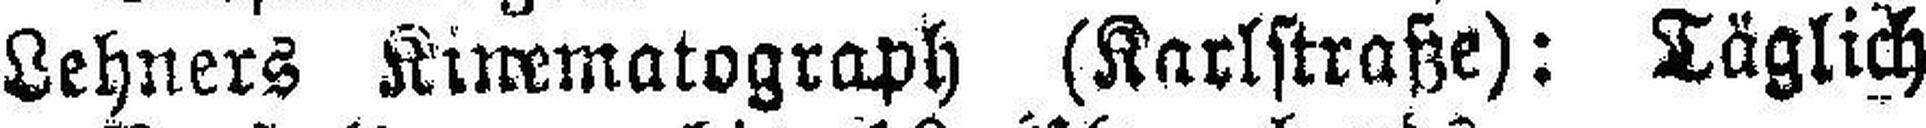
Lehners Kinematograph (Karlstraße): Täglich